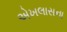
એખલાસના